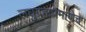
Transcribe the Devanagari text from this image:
लघुग्रहाप्रमाणेच